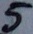
Text: 5